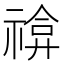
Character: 𥚫